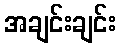
အချင်းချင်း